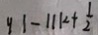
y 1 - 1 1 k + \frac { 1 } { 2 }